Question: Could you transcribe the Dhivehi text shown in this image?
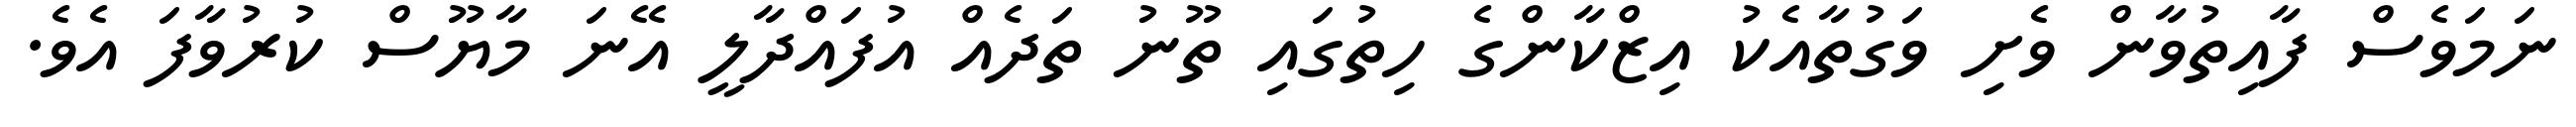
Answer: ނަމަވެސް ފާއިތުވާން ވެށި ވަގުތާއެކު އިޒްކާންގެ ހިތުގައި ތޫނު ތަދެއް އުފައްދާލީ އޭނަ މާޔޫސް ކުރުވާފަ އެވެ.